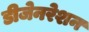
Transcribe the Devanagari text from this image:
डीजेनरेशन